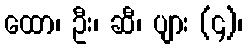
ထော၊ ဦး၊ ဆီ၊ ပျား (၄)၊